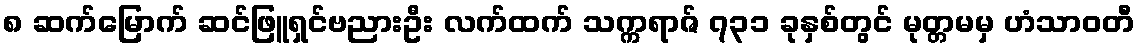
၈ ဆက်မြောက် ဆင်ဖြူရှင်ဗညားဦး လက်ထက် သက္ကရာဇ် ၇၃၁ ခုနှစ်တွင် မုတ္တမမှ ဟံသာဝတီ